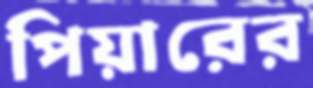
পিয়ারের